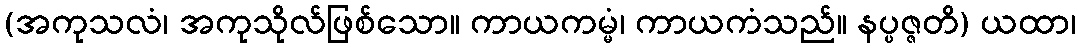
(အကုသလံ၊ အကုသိုလ်ဖြစ်သော။ ကာယကမ္မံ၊ ကာယကံသည်။ နပ္ပဇ္ဇတိ) ယထာ၊